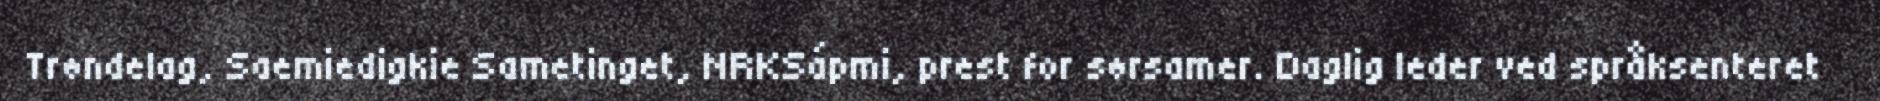
Trøndelag, Saemiedigkie Sametinget, NRKSápmi, prest for sørsamer. Daglig leder ved språksenteret